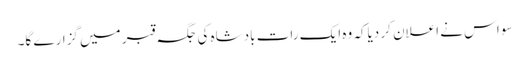
سو اس نے اعلان کر دیاکہ وہ ایک رات بادشاہ کی جگہ قبر میں گزارے گا۔